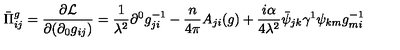
\bar { \Pi } _ { i j } ^ { g } = \frac { \partial { \cal L } } { \partial ( \partial _ { 0 } g _ { i j } ) } = \frac { 1 } { \lambda ^ { 2 } } \partial ^ { 0 } g _ { j i } ^ { - 1 } - \frac { n } { 4 \pi } A _ { j i } ( g ) + \frac { i \alpha } { 4 \lambda ^ { 2 } } \bar { \psi } _ { j k } \gamma ^ { 1 } \psi _ { k m } g _ { m i } ^ { - 1 }